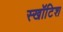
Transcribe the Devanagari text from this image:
स्खॉटिश